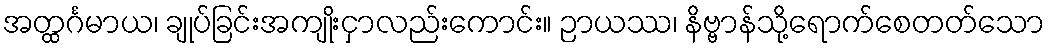
အတ္ထင်္ဂမာယ၊ ချုပ်ခြင်းအကျိုးငှာလည်းကောင်း။ ဉာယဿ၊ နိဗ္ဗာန်သို့ရောက်စေတတ်သော